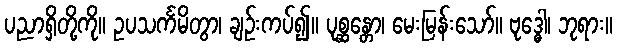
ပညာရှိတို့ကို။ ဥပသင်္ကမိတွာ၊ ချဉ်းကပ်၍။ ပုစ္ဆန္တော၊ မေးမြန်းသော်။ ဗုဒ္ဓေါ၊ ဘုရား။